Indian journal of veterinary science and animal husbandry - Volumes 26-27, 1956-1957
Year: 1956
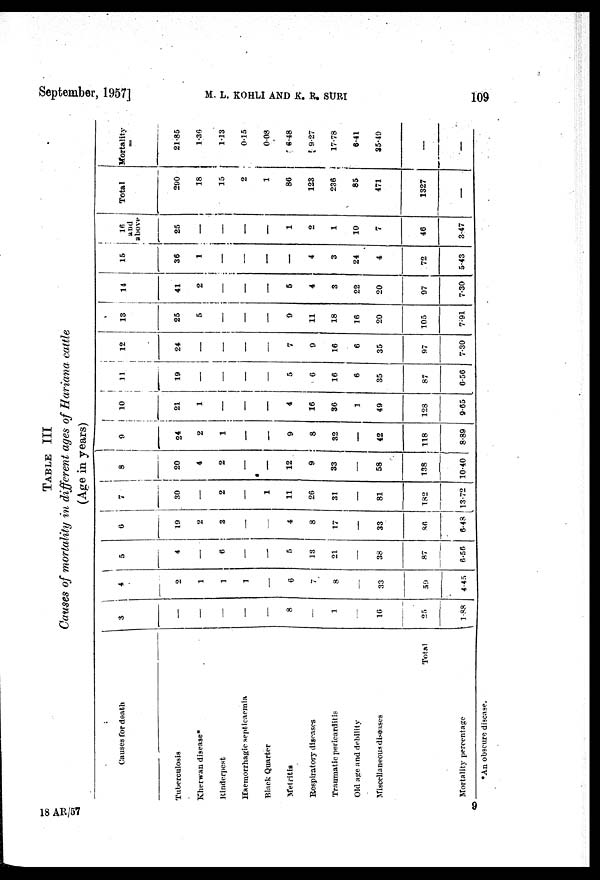
September, 1957]
M.
L.
KOHLI
AND
K.
R.
SURI
109
TABLE III
Causes of mortality in different ages of Hariana cattle
(Age in years)
Causes for death
Tuberculosis
Kherwan disease*
Rinderpest
Haemorrhagic septicaemia
Black Quarter
Metritis
Respiratory diseases
Traumatic pericarditis
Old age and debility
Miscellaneous diseases
Total
Mortality percentage
3
—
—
—
—
—
8
—
1
—
16
25
1.88
4
2
1
1
1
—
6
7
8
—
33
59
4.45
5
4
—
6
—
—
5
18
21
—
38
87
6.56
6
19
2
3
—
—
4
8
17
—
33
86
6.48
7
30
—
2
—
—
11
26
31
—
81
182
13.72
8
20
4
2
—
—
12
9
33
—
58
138
10.40
9
24
2
1
—
—
9
8
32
—
42
118
8.89
10
21
1
—
—
—
4
16
36
1
49
128
9.65
11
19
—
—
—
—
5
6
16
6
35
87
6.56
12
24
—
—
—
—
7
9
16
6
35
97
7.30
13
25
5
—
—
—
9
11
18
16
20
105
7.91
14
41
2
—
—
—
5
4
3
22
20
97
7.30
15
36
1
—
—
—
—
4
3
24
4
72
5.43
16 and
above
25
—
—
—
—
1
2
1
10
7
46
3.47
Total
290
18
15
2
1
86
123
236
85
471
1327
—
Mortality
21.85
1.36
1.13
0.15
0.08
6.48
9.27
17.78
6.41
35.49
—
—
*An obscure disease.
18 AR/57
9